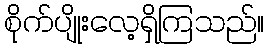
စိုက်ပျိုးလေ့ရှိကြသည်။